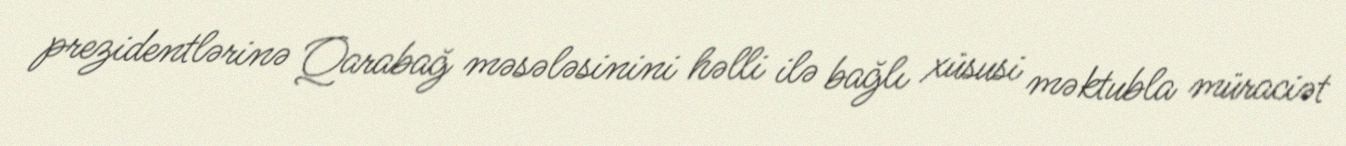
prezidentlərinə Qarabağ məsələsinini həlli ilə bağlı xüsusi məktubla müraciət